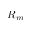
R _ { m }